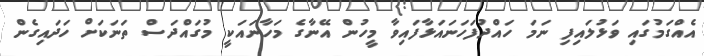
އެއްގަމުގައި ވަޅުލައިފި ނަމަ ހައްދުފަހަނައަޅާފައިވާ މީހުން އޭނާގެ މަހާނައަކީ މުގައްދަސް ތަނަކަށް ހަދައިގެން